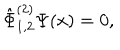
\hat { \Phi } _ { 1 , 2 } ^ { ( 2 ) } \Psi ( x ) = 0 ,